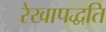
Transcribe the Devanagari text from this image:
रेखापद्धति